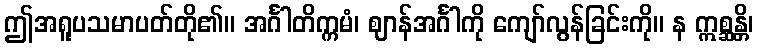
ဤအရူပသမာပတ်တို၏။ အင်္ဂါတိက္ကမံ၊ ဈာန်အင်္ဂါကို ကျော်လွန်ခြင်းကို။ န ဣစ္ဆန္တိ၊